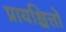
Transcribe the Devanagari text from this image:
प्रायश्चित्तों